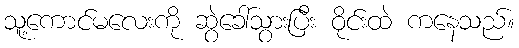
သူ့ကောင်မလေးကို ဆွဲခေါ်သွားပြီး ဝိုင်းထဲ ကနေသည်။